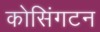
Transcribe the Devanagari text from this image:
कोसिंगटन